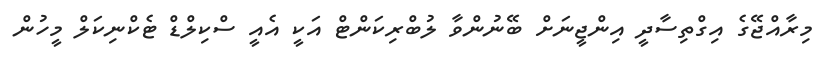
މިރާއްޖޭގެ އިގްތިސާދީ އިންޖީނަށް ބޭނުންވާ ލުބްރިކަންޓް އަކީ އެއީ ސްކިލްޑް ޓެކްނިކަލް މީހުން